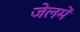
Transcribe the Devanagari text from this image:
जेलमें